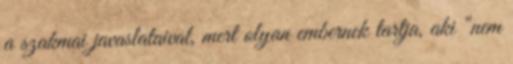
a szakmai javaslataival, mert olyan embernek tartja, aki "nem